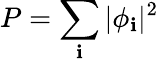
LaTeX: P=\sum_{\mathbf{i}}|\phi_{\mathbf{i}}|^{2}